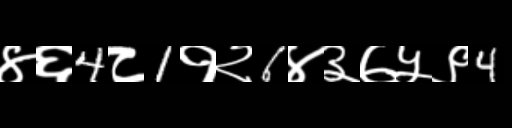
Text: ४६4८1१२6४३७५९4